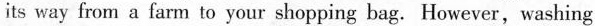
its way from a farm to your shopping bag. However, washing